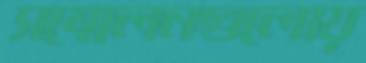
সম্মেলনগুলোয়